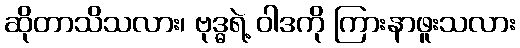
ဆိုတာသိသလား၊ ဗုဒ္ဓရဲ့ ဝါဒကို ကြားနာဖူးသလား